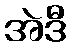
အဲဒီ